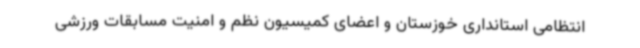
انتظامی استانداری خوزستان و اعضای کمیسیون نظم و امنیت مسابقات ورزشی